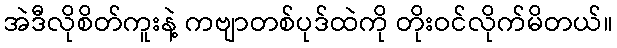
အဲဒီလိုစိတ်ကူးနဲ့ ကဗျာတစ်ပုဒ်ထဲကို တိုးဝင်လိုက်မိတယ်။